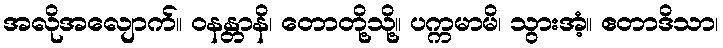
အလိုအလျောက်။ ဝနန္တာနိ၊ တောတို့သို့။ ပက္ကမာမိ၊ သွားအံ့။ ဧတာဒိသာ၊